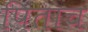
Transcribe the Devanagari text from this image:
पिताच